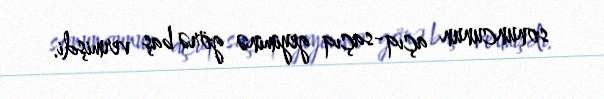
sonuncunun açıq-saçıq geyiminə görə baş vermişdi.